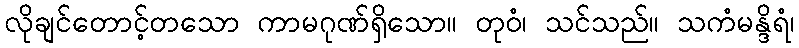
လိုချင်တောင့်တသော ကာမဂုဏ်ရှိသော။ တုဝံ၊ သင်သည်။ သကံမန္ဒိရံ၊